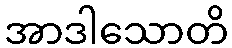
အာဒါသောတိ